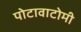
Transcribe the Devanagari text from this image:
पोटावाटोमी